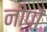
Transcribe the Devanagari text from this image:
नीपों